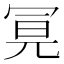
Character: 𭁶